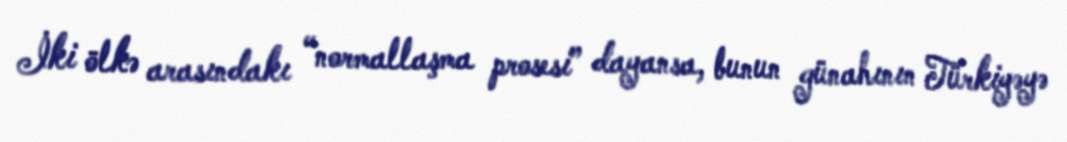
İki ölkə arasındakı “normallaşma prosesi” dayansa, bunun günahının Türkiyəyə